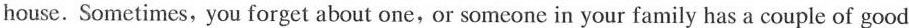
house. Sometimes, you forget about one, or someone in your family has a couple of good